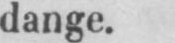
dange.